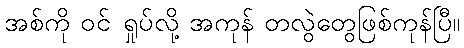
အစ်ကို ဝင် ရှုပ်လို့ အကုန် တလွဲတွေဖြစ်ကုန်ပြီ။